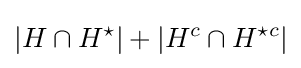
|H\cap H^{\star }|+|H^{c}\cap H^{\star c}|